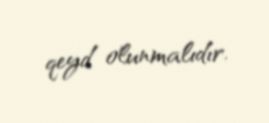
qeyd olunmalıdır.